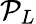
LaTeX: \mathcal{P}_{L}